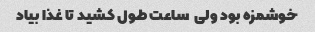
خوشمزه بود ولی  ساعت طول کشید تا غذا بیاد